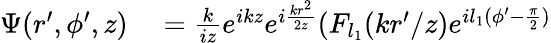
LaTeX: \begin{array}{rl}{\Psi(r^{\prime},\phi^{\prime},z)}&{{}=\frac{k}{iz}e^{ikz}e^{i\frac{kr^{2}}{2z}}(F_{l_{1}}({kr^{\prime}}/{z})e^{il_{1}(\phi^{\prime}-\frac{\pi}{2})}}\end{array}